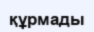
құрмады